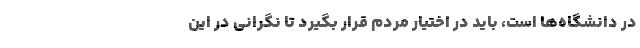
در دانشگاه‌ها است، باید در اختیار مردم قرار بگیرد تا نگرانی در این